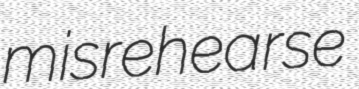
misrehearse